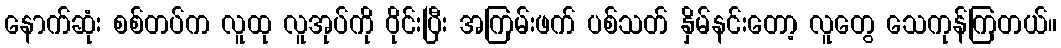
နောက်ဆုံး စစ်တပ်က လူထု လူအုပ်ကို ဝိုင်းပြီး အကြမ်းဖက် ပစ်သတ် နှိမ်နင်းတော့ လူတွေ သေကုန်ကြတယ်။